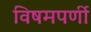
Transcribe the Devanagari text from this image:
विषमपर्णी